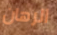
الرهان